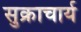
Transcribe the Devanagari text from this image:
सुक्राचार्य